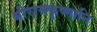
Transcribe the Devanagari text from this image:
श्रीरामकृष्णानि